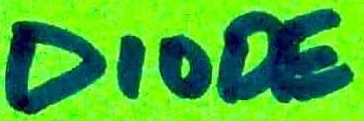
Text: DIODE